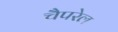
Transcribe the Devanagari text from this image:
चैपरेल